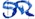
Text: SR